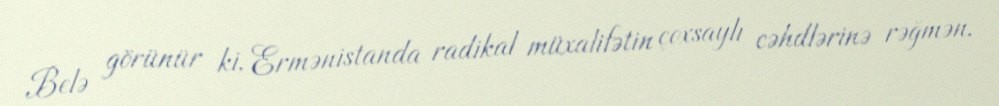
Belə görünür ki, Ermənistanda radikal müxalifətin çoxsaylı cəhdlərinə rəğmən,